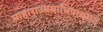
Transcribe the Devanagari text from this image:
माहाराज्यमाधिपत्यमयं